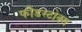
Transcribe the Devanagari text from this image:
फीडस्टोक्स